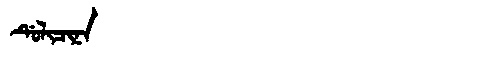
Manchu: ᡩᡠᠯᡳᠴᡳᠨᠠ
Romanization: DULICINA